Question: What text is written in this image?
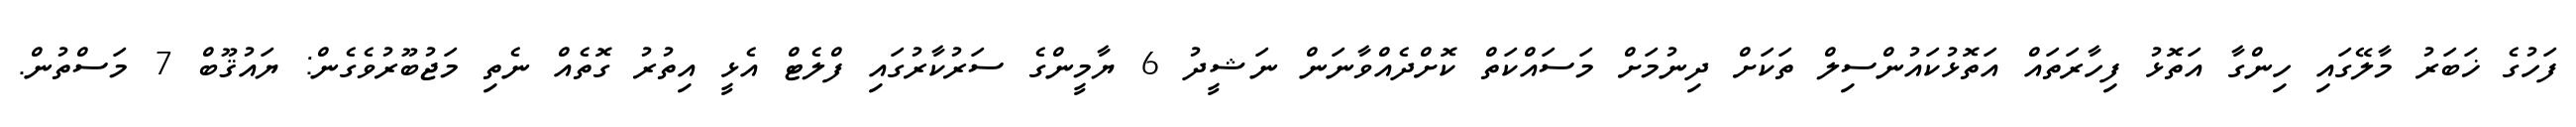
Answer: ފަހުގެ ޚަބަރު މާލޭގައި ހިންގާ އަތޮޅު ފިހާރަތައް އަތޮޅުކައުންސިލް ތަކަށް ދިނުމަށް މަސައްކަތް ކޮށްދެއްވާނަން ނަޝީދު 6 ޔާމީންގެ ސަރުކާރުގައި ފްލެޓް އެޅީ އިތުރު ގޮތެއް ނެތި މަޖުބޫރުވެގެން: ޔައުޤޫބް 7 މަސްތުން.